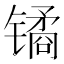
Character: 𫔎